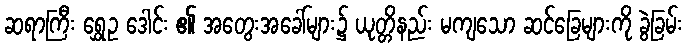
ဆရာကြီး ရွှေဥ ဒေါင်း ၏ အတွေးအခေါ်များ၌ ယုတ္တိနည်း မကျသော ဆင်ခြေများကို ခွဲခြမ်း